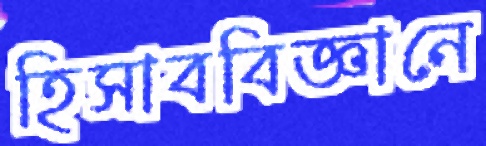
হিসাববিজ্ঞানে